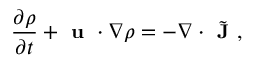
\small \frac { \partial \rho } { \partial t } + \textbf { u } \cdot \nabla \rho = - \nabla \cdot \Tilde { \textbf { J } } ,